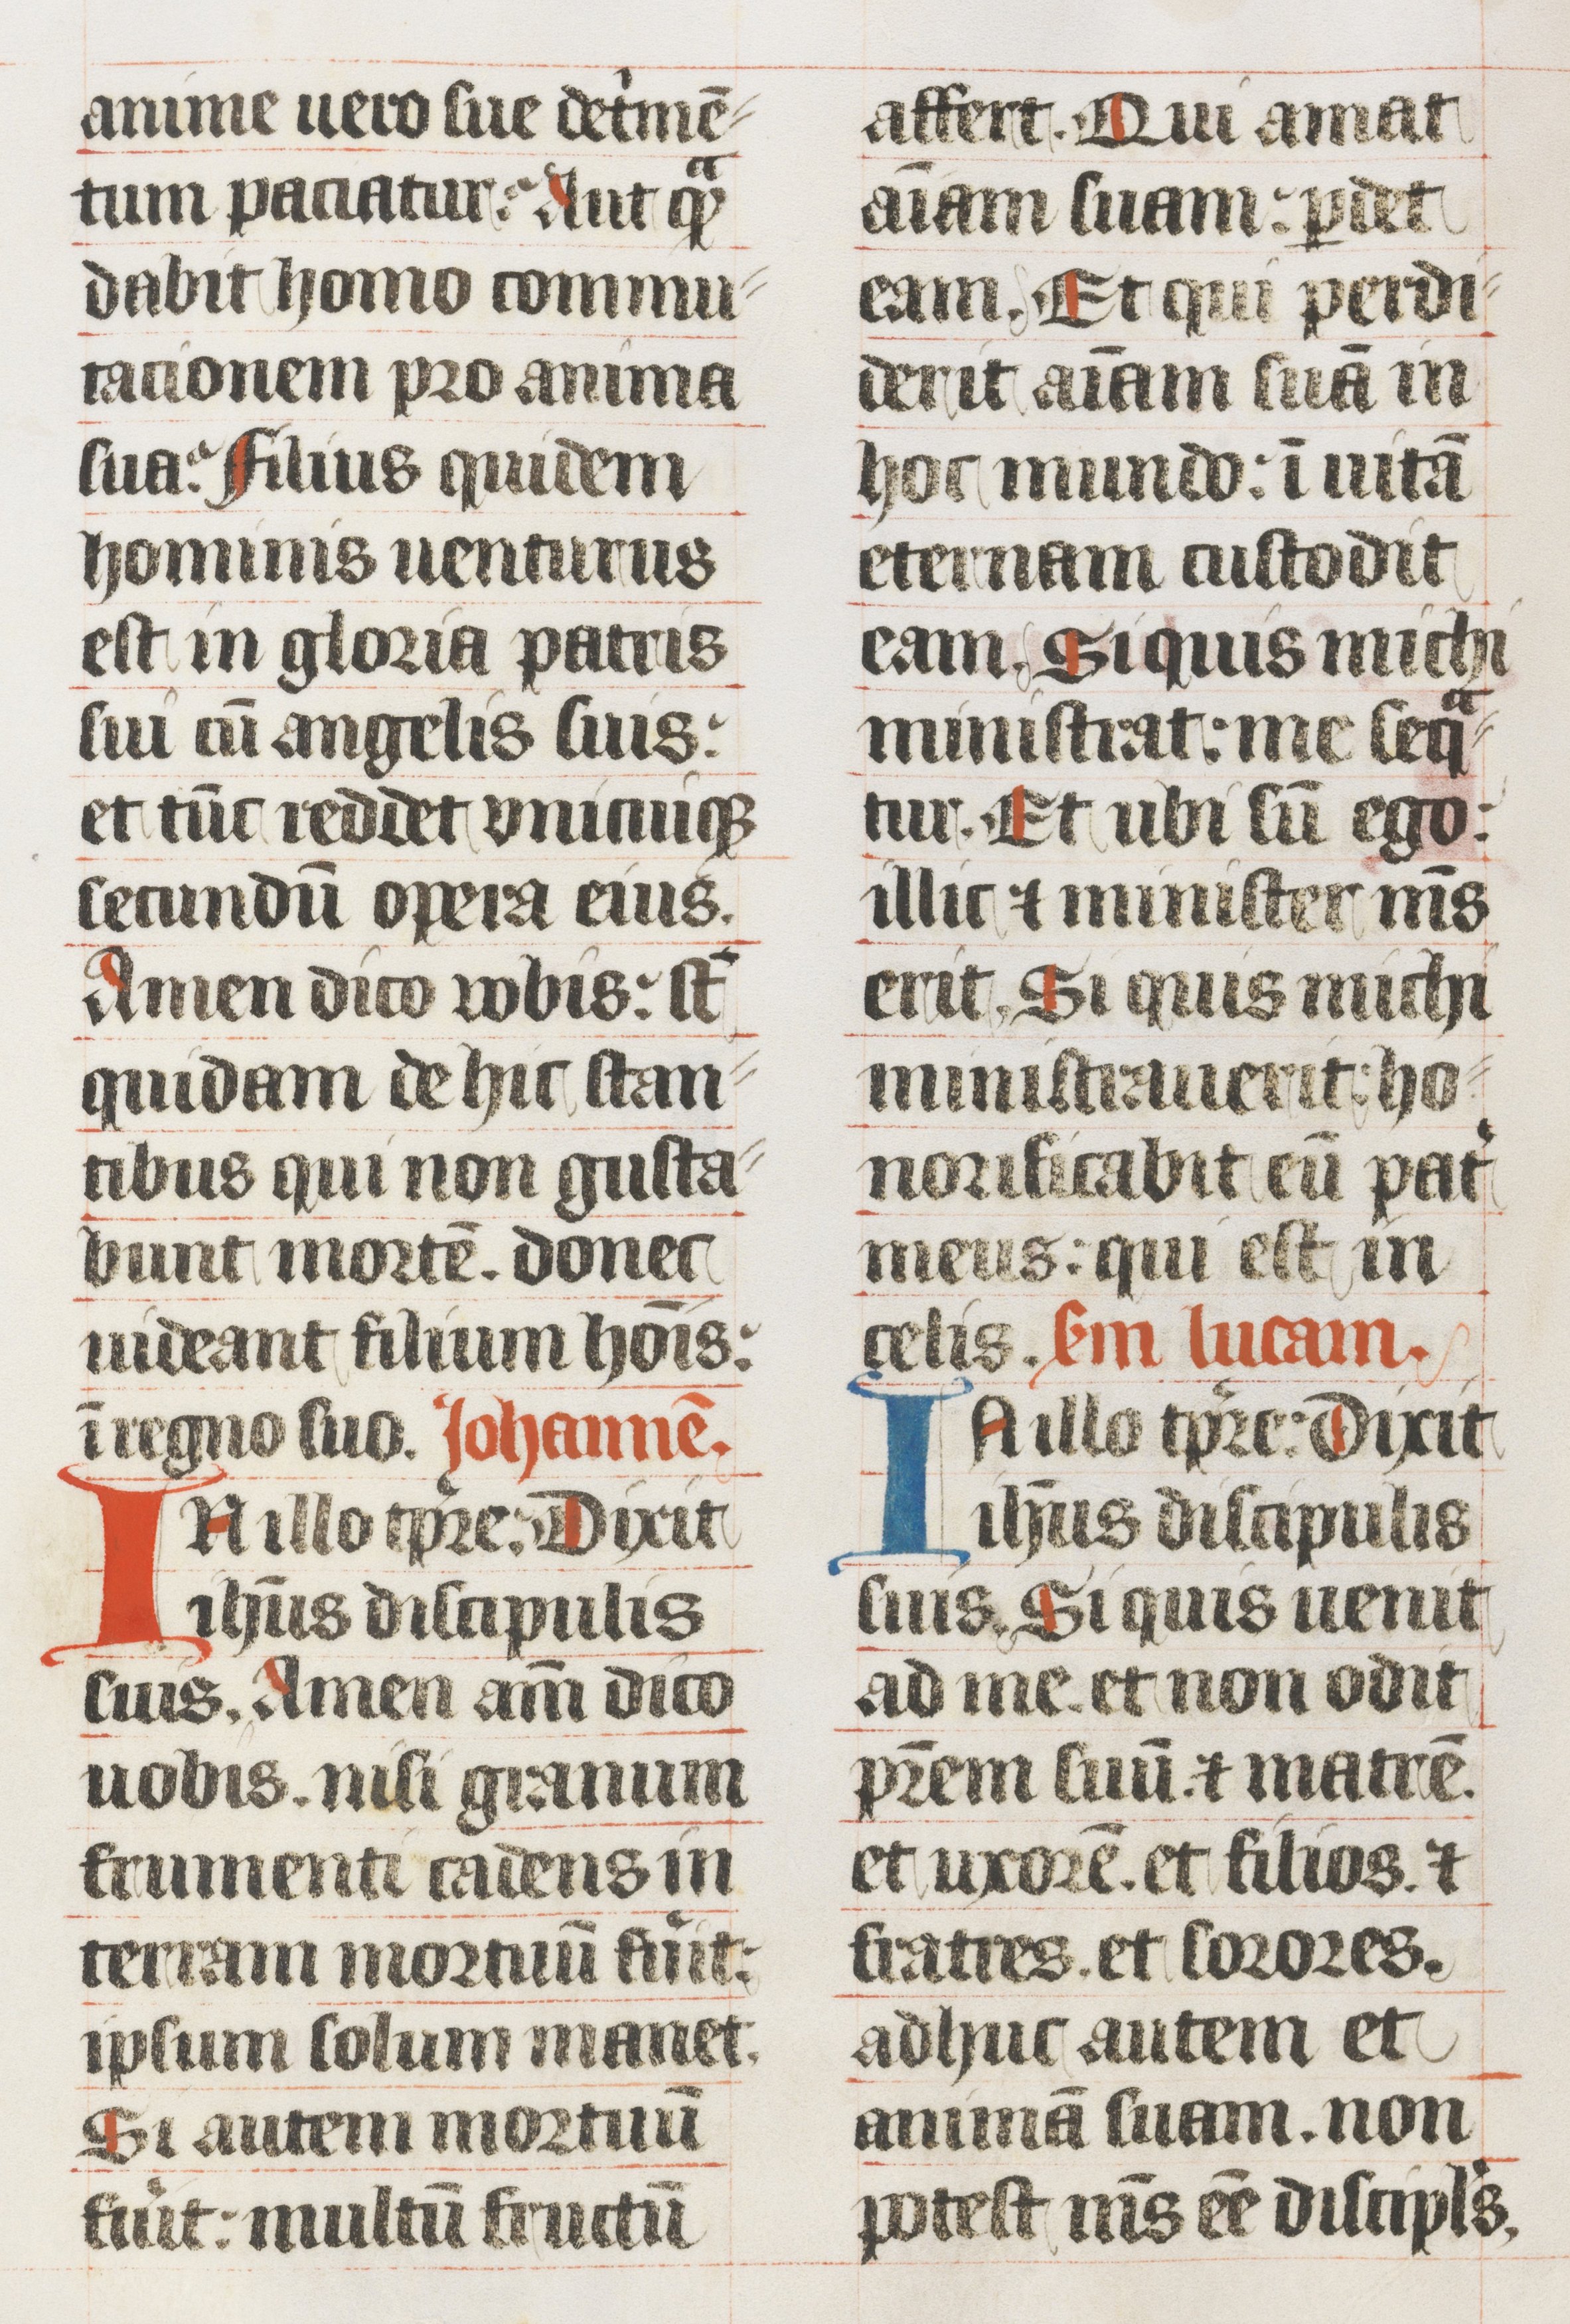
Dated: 1439–1439